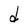
Character: d